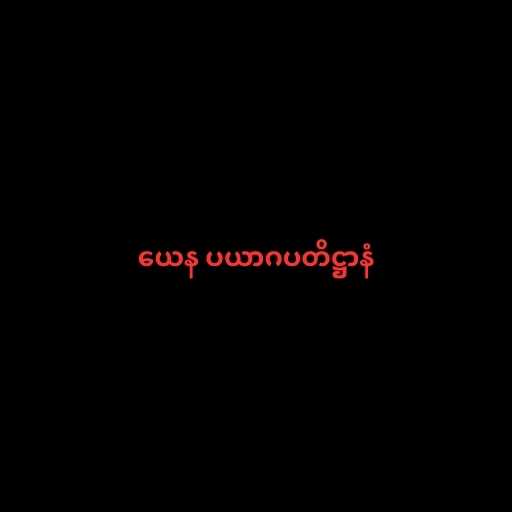
ယေန ပယာဂပတိဋ္ဌာနံ